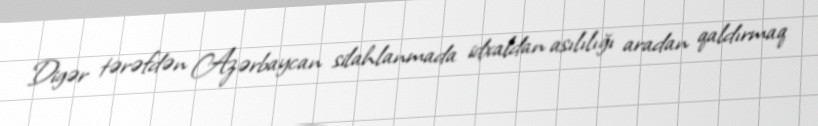
Digər tərəfdən Azərbaycan silahlanmada idxaldan asılılığı aradan qaldırmaq